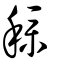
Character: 穙